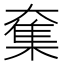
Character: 𡙸